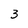
Character: 3